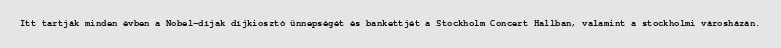
Itt tartják minden évben a Nobel-díjak díjkiosztó ünnepségét és bankettjét a Stockholm Concert Hallban, valamint a stockholmi városházán.